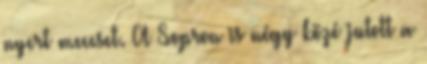
nyert meccset. A Sopron is négy közé jutott a